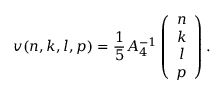
v ( n , k , l , p ) = \frac { 1 } { 5 } A _ { 4 } ^ { - 1 } \left( \begin{array} { c } { { n } } \\ { { k } } \\ { { l } } \\ { { p } } \end{array} \right) .